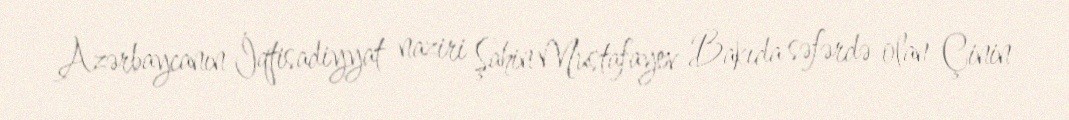
Azərbaycanın İqtisadiyyat naziri Şahin Mustafayev Bakıda səfərdə olan Çinin